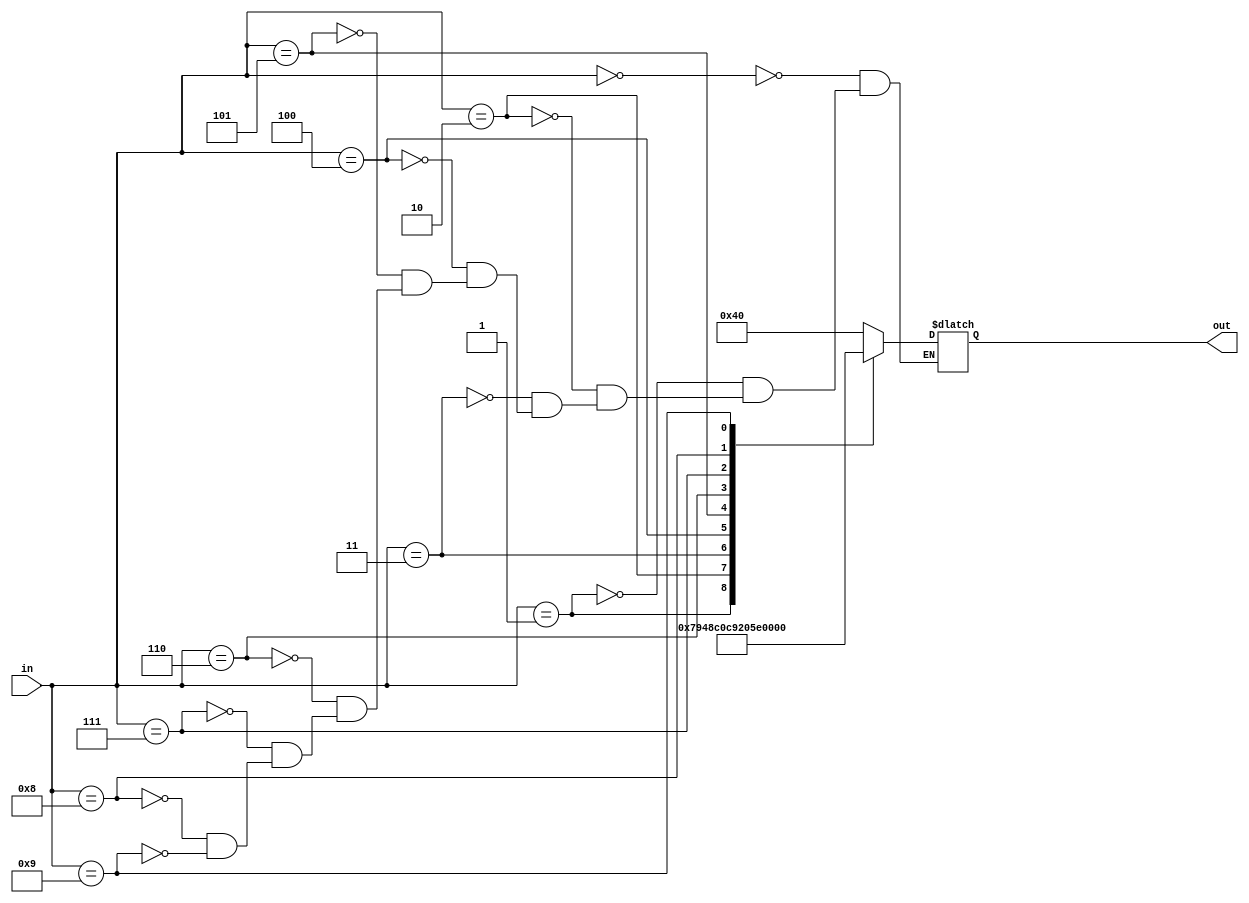
module dec_to_7seg (out, in);

output [6:0] out;
input [11:0] in;

reg [6:0] out;

always @(*)
	case (in)
		0: out = 7'b1000000;
		1: out = 7'b1111001;
		2: out = 7'b0100100;
		3: out = 7'b0110000;
		4: out = 7'b0011001;
		5: out = 7'b0010010;
		6: out = 7'b0000010;
		7: out = 7'b1111000;
		8: out = 7'b0000000;
		9: out = 7'b0011000;
	endcase
endmodule